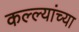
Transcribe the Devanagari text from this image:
कल्ल्यांच्या